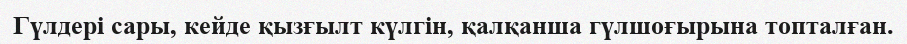
Гүлдері сары, кейде қызғылт күлгін, қалқанша гүлшоғырына топталған.